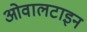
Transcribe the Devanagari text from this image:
ओवालटाइन